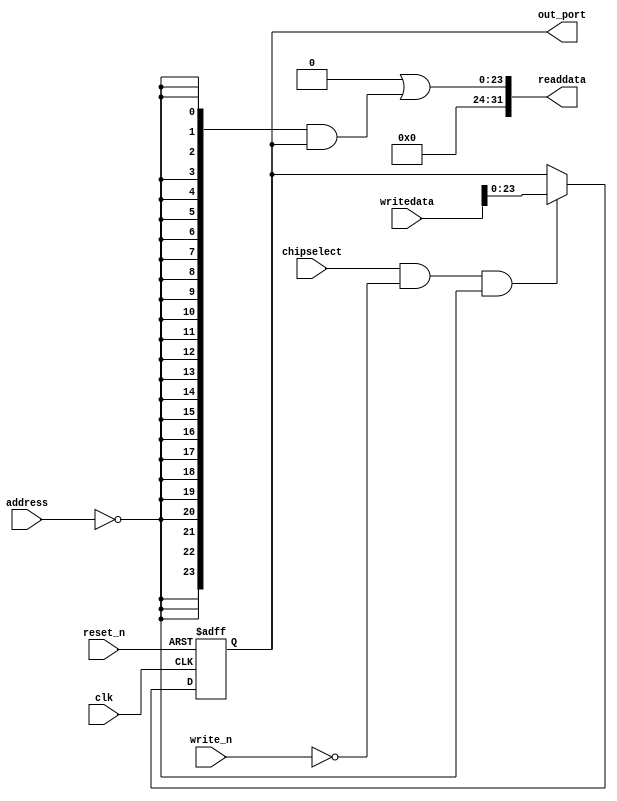
module NIOS_SYSTEMV3_CH0_THRESH (
                                  // inputs:
                                   address,
                                   chipselect,
                                   clk,
                                   reset_n,
                                   write_n,
                                   writedata,

                                  // outputs:
                                   out_port,
                                   readdata
                                )
;

  output  [ 23: 0] out_port;
  output  [ 31: 0] readdata;
  input   [  1: 0] address;
  input            chipselect;
  input            clk;
  input            reset_n;
  input            write_n;
  input   [ 31: 0] writedata;

  wire             clk_en;
  reg     [ 23: 0] data_out;
  wire    [ 23: 0] out_port;
  wire    [ 23: 0] read_mux_out;
  wire    [ 31: 0] readdata;
  assign clk_en = 1;
  //s1, which is an e_avalon_slave
  assign read_mux_out = {24 {(address == 0)}} & data_out;
  always @(posedge clk or negedge reset_n)
    begin
      if (reset_n == 0)
          data_out <= 0;
      else if (chipselect && ~write_n && (address == 0))
          data_out <= writedata[23 : 0];
    end


  assign readdata = {32'b0 | read_mux_out};
  assign out_port = data_out;

endmodule